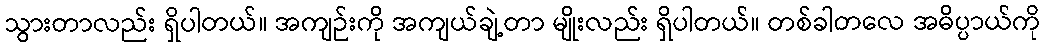
သွားတာလည်း ရှိပါတယ်။ အကျဉ်းကို အကျယ်ချဲ့တာ မျိုးလည်း ရှိပါတယ်။ တစ်ခါတလေ အဓိပ္ပာယ်ကို